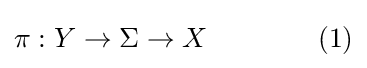
\pi :Y\to \Sigma \to X\qquad \qquad (1)